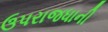
ઉપરાજધાની